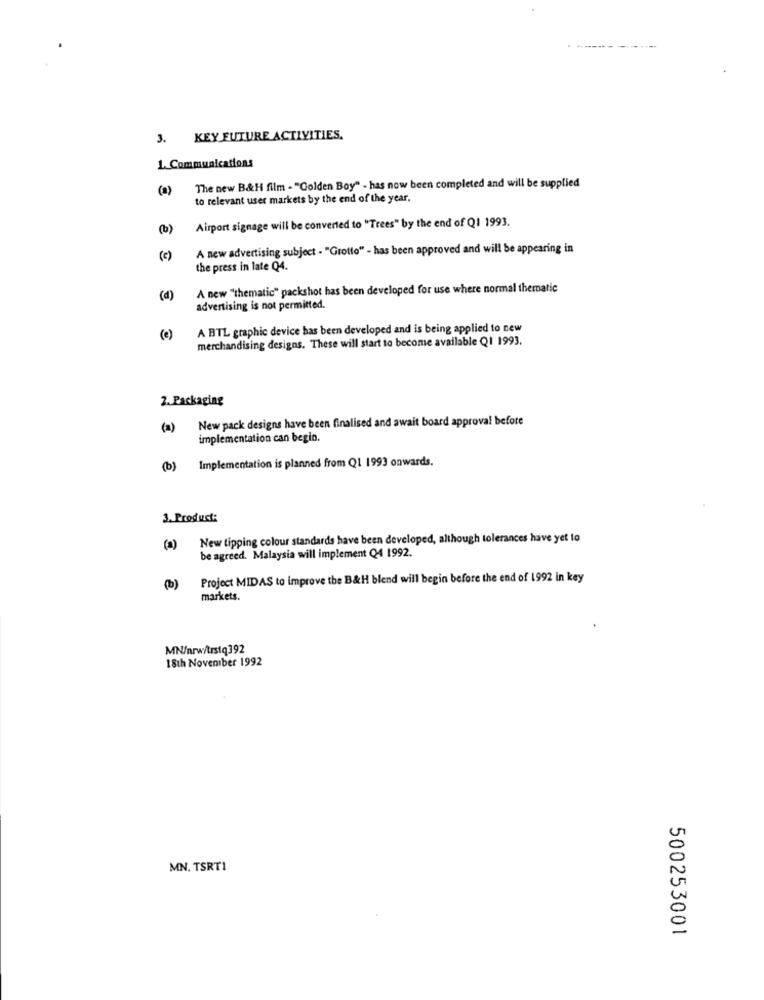
3. KEY FUTURE ACTIVITIES.
1. Communications
(a)
The new B&H film - "Golden Boy" - has now been completed and will be supplied
to relevant user markets by the end of the year.
(0)
Airport signage will be converted to "Trees" by the end of QI 1993.
A new advertising subject - "Grotto" - has been approved and will be appearing in
(c)
the press in late Q4.
A new "thematic" packshot has been developed for use where normal thematic
(d)
advertising is not permitted.
A BTL graphic device has been developed and is being applied to new
(e)
merchandising designs. These will start to become available QI 1993.
2. Packaging
(a) New pack designs have been finalised and await board approval before
implementation can begin.
(b) Implementation is planned from Q1 1993 onwards.
3. Product:
(a) New tipping colour standards have been developed, although tolerances have yet to
be agreed. Malaysia will implement Q4 1992.
Project MIDAS to improve the B&H blend will begin before the end of 1992 in key
markets.
MN/nrw/trstq392
18th November 1992
MN. TSRT1
500253001